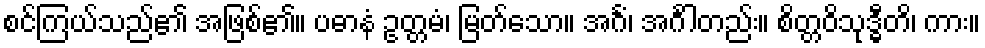
စင်ကြယ်သည်၏ အဖြစ်၏။ ပဓာနံ ဥတ္တမံ၊ မြတ်သော။ အင်္ဂံ၊ အင်္ဂါတည်း။ စိတ္တဝိသုဒ္ဓီတိ၊ ကား။